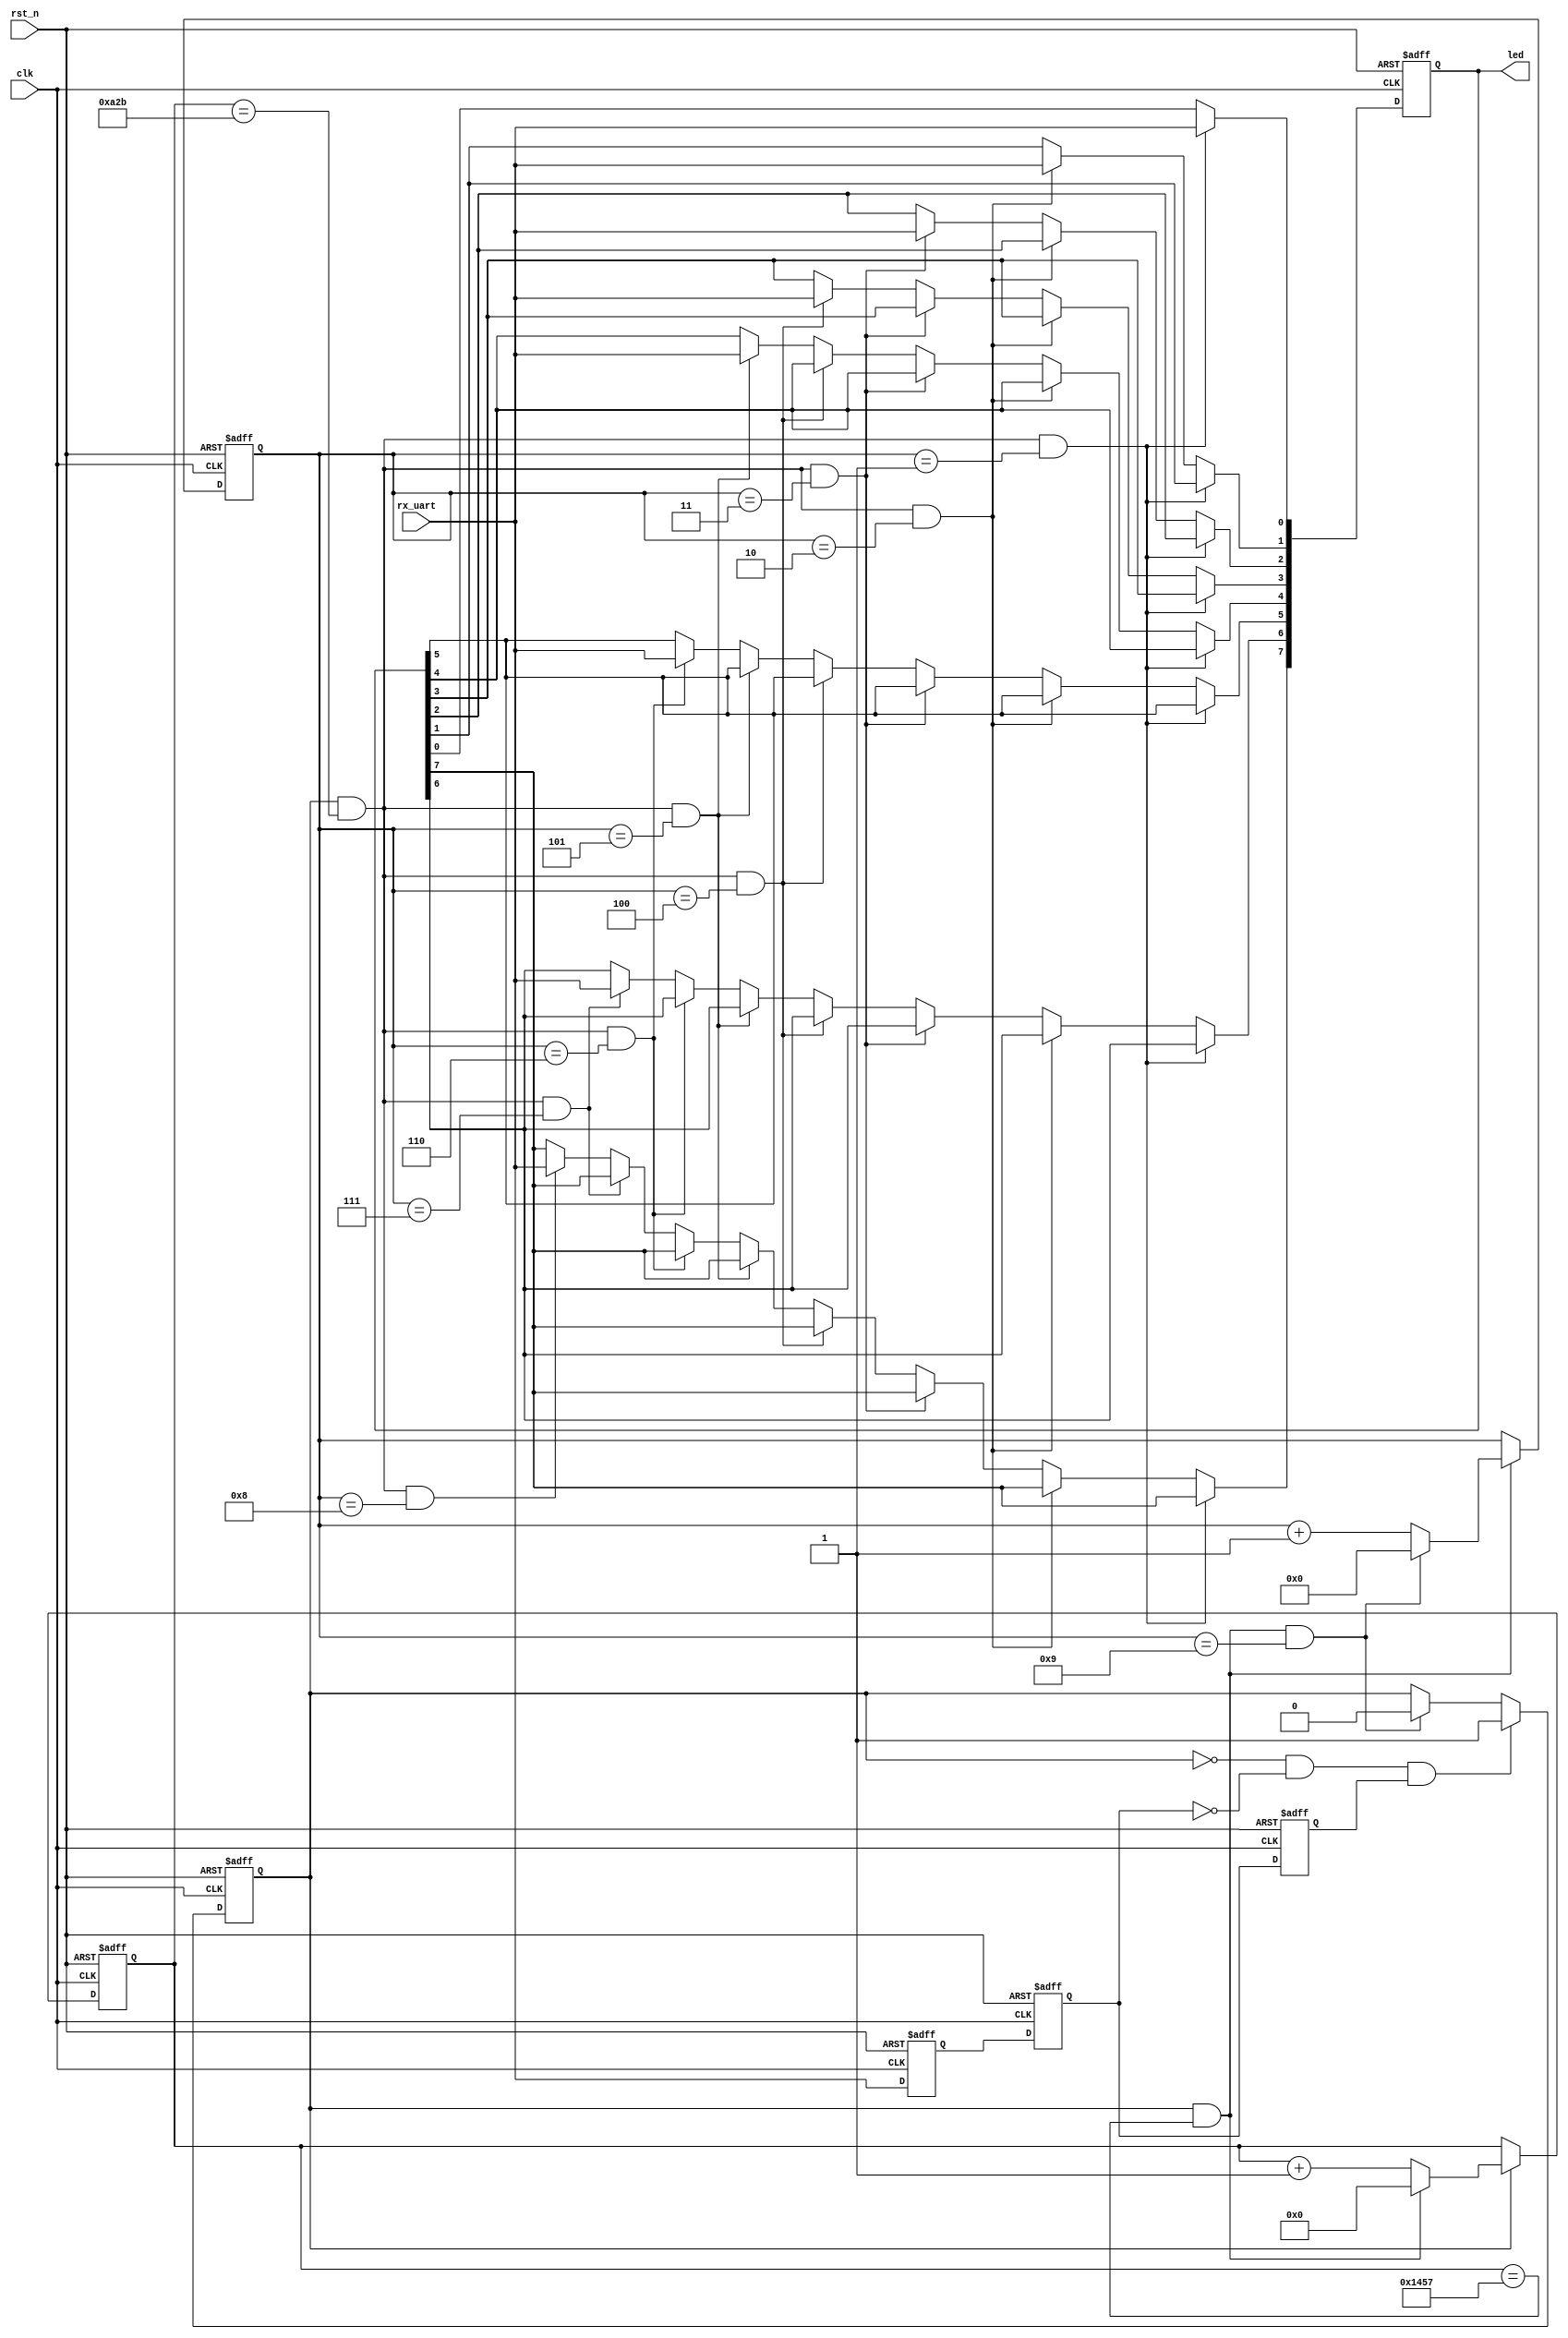
module uart(
    clk,
    rst_n,
    rx_uart,
    led
);

input clk;
input rst_n;
input rx_uart;
output [7:0] led;

reg [7:0] led;
reg [12:0] cnt0;
wire add_cnt0;
wire end_cnt0;
reg flag;
always @(posedge clk or negedge rst_n)begin
    if(!rst_n)begin
        cnt0 <= 0;
    end
    else if(add_cnt0)begin
        if(end_cnt0)
            cnt0 <= 0;
        else
            cnt0 <= cnt0 + 1;
    end
end

assign add_cnt0 = flag==1;       
assign end_cnt0 = add_cnt0 && cnt0==5208-1 ;   

reg [3:0] cnt1;
wire add_cnt1;
wire end_cnt1;
always @(posedge clk or negedge rst_n)begin
    if(!rst_n)begin
        cnt1 <= 0;
    end
    else if(add_cnt1)begin
        if(end_cnt1)
            cnt1 <= 0;
        else
            cnt1 <= cnt1 + 1;
    end
end

assign add_cnt1 =end_cnt0 ;       
assign end_cnt1 = add_cnt1 && cnt1==10-1 ;

reg rx_uart_ff0;
reg rx_uart_ff1;
reg rx_uart_ff2;
always  @(posedge clk or negedge rst_n)begin
    if(rst_n==1'b0)begin
        rx_uart_ff0<=1;
        rx_uart_ff1<=1;
        rx_uart_ff2<=1;

    end
    else begin
        rx_uart_ff0<=rx_uart;
        rx_uart_ff1<=rx_uart_ff0;
        rx_uart_ff2<=rx_uart_ff1;
    end
end

always  @(posedge clk or negedge rst_n)begin
    if(rst_n==1'b0)begin
        flag <= 0;
    end
    else if(flag==0 && rx_uart_ff1==0 && rx_uart_ff2==1)begin
        flag<=1;
    end
    else if(end_cnt1)begin
        flag<=0;
    end
   
end
always  @(posedge clk or negedge rst_n)begin
    if(rst_n==1'b0)begin
        led<=0;
    end
    else if( add_cnt0 && cnt0==5208/2-1 && cnt1== 1)begin
        led[0]<=rx_uart;
    end
    else if(add_cnt0 && cnt0==5208/2-1 && cnt1== 2)begin
        led[1]<=rx_uart;
    end
    else if(add_cnt0 && cnt0==5208/2-1 && cnt1== 3)begin
        led[2]<=rx_uart;
    end
    else if(add_cnt0 && cnt0==5208/2-1 && cnt1== 4)begin
        led[3]<=rx_uart;
    end
    else if(add_cnt0 && cnt0==5208/2-1 && cnt1== 5)begin
        led[4]<=rx_uart;
    end
    else if(add_cnt0 && cnt0==5208/2-1 && cnt1== 6)begin
        led[5]<=rx_uart;
    end
    else if(add_cnt0 && cnt0==5208/2-1 && cnt1== 7)begin
        led[6]<=rx_uart;
    end
    else if(add_cnt0 && cnt0==5208/2-1 && cnt1== 8)begin
        led[7]<=rx_uart;
    end
end
endmodule